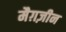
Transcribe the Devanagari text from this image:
मैग़ज़ीन